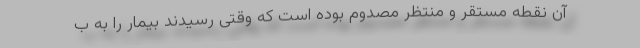
آن نقطه مستقر و منتظر مصدوم بوده است که وقتی رسیدند بیمار را به ب